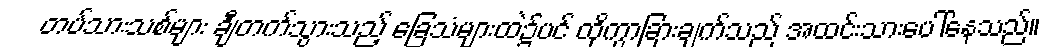
တပ်သားသစ်များ ချီတက်သွားသည့် ခြေသံများထဲ၌ပင် ထိုကွာခြားချက်သည် အထင်းသားပေါ်နေသည်။